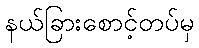
နယ်ခြားစောင့်တပ်မှ